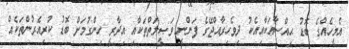
އެމީހެއްގެ ބޮޑު ޙިއްސާއަކާއިއެކު ދިވެހިރާއްޖޭގެ ފަންނީ ވަޞީލަތްތަކާއި އިދާރީ ހިންގުމަށް ބޮޑު ކުރިއެރުންތަކެއް